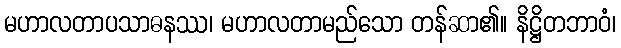
မဟာလတာပသာဓနဿ၊ မဟာလတာမည်သော တန်ဆာ၏။ နိဋ္ဌိတဘာဝံ၊